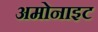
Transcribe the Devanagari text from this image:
अमोनाइट